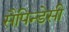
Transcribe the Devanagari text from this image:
सैपिन्डेसी